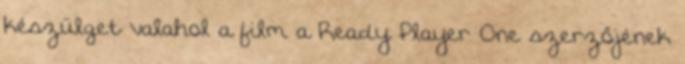
készülget valahol a film a Ready Player One szerzőjének